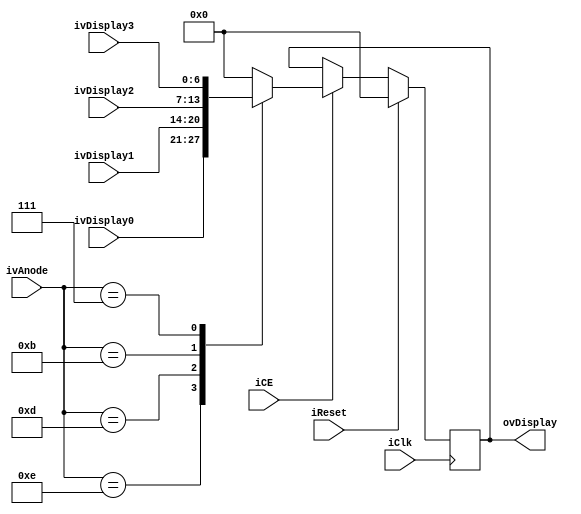
`timescale 1ns / 1ps
//////////////////////////////////////////////////////////////////////////////////
// Company: 
// Engineer: 
// 
// Design Name: 
// Module Name:    Selecto_Display 
// Project Name: 
// Target Devices: 
// Tool versions: 
// Description: 
//
// Dependencies: 
//
// Revision: 
// Revision 0.01 - File Created
// Additional Comments: 
//
//////////////////////////////////////////////////////////////////////////////////
module Selecto_Display(

input [3:0]ivAnode,
input iClk,
input iCE,
input iReset,
input [6:0]ivDisplay0,
input [6:0]ivDisplay1,
input [6:0]ivDisplay2,
input [6:0]ivDisplay3,
output [6:0]ovDisplay
    );

reg [6:0]rvDisplayQ=0;
reg [6:0]rvDisplayD=0;


assign ovDisplay=rvDisplayQ;


always @*
begin
	case (ivAnode)
	4'b1110:rvDisplayD=ivDisplay0;
	4'b1101:rvDisplayD=ivDisplay1;
	4'b1011:rvDisplayD=ivDisplay2;
	4'b0111:rvDisplayD=ivDisplay3;
	default:rvDisplayD=0;
	endcase
end

always @(posedge iClk)
begin
	if(iReset)
	begin
		rvDisplayQ<=0;		
	end
	else
	begin
		if(iCE)
		begin
			rvDisplayQ<=rvDisplayD;
		end
		else
		begin
			rvDisplayQ<=rvDisplayQ;
		end
	end
end

endmodule